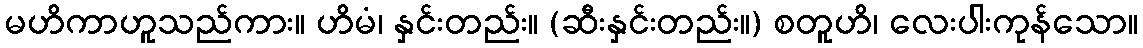
မဟိကာဟူသည်ကား။ ဟိမံ၊ နှင်းတည်း။ (ဆီးနှင်းတည်း။) စတူဟိ၊ လေးပါးကုန်သော။